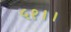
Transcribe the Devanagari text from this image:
५१।।